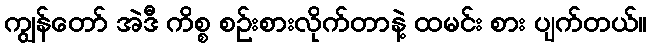
ကျွန်တော် အဲဒီ ကိစ္စ စဉ်းစားလိုက်တာနဲ့ ထမင်း စား ပျက်တယ်။